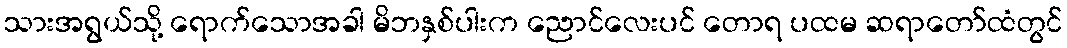
သားအရွယ်သို့ ရောက်သောအခါ မိဘနှစ်ပါးက ညောင်လေးပင် တောရ ပထမ ဆရာတော်ထံတွင်